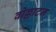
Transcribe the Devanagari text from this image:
वोल्लाटन